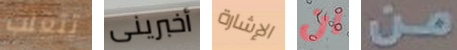
تتغلب أخبرينى الإشارة ان من